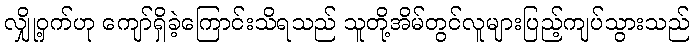
လျှို့ဝှက်ဟု ကျော်ရှိခဲ့ကြောင်းသိရသည် သူတို့အိမ်တွင်လူများပြည့်ကျပ်သွားသည်